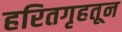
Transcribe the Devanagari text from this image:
हरितगृहतून